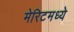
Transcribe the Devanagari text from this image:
मेरिटमध्ये